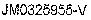
JM0325955-V